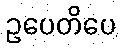
ဥပေတိပေ